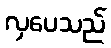
လှပေသည်